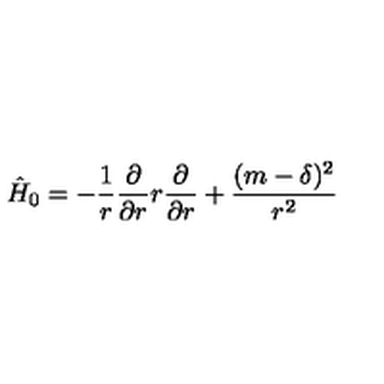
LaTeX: \hat { H } _ { 0 } = - { \frac { 1 } { r } } { \frac { \partial } { \partial r } } r { \frac { \partial } { \partial r } } + { \frac { ( m - \delta ) ^ { 2 } } { r ^ { 2 } } }